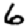
Digit: 6